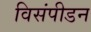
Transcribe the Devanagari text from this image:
विसंपीडन